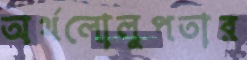
অর্থলোলুপতার